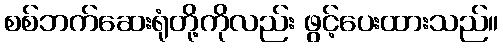
စစ်ဘက်ဆေးရုံတို့ကိုလည်း ဖွင့်ပေးထားသည်။